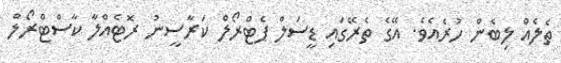
ތެލެއް ލިބެން ހުރެއެވެ. އޭގެ ތެރޭގައި ޑީސަލް ޕެޓްރޯލް ކަރާސީނު ރޮޓެއްލާ ކާސްޓްރޯލް